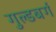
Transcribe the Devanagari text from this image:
गुल्डबर्ग